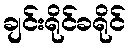
ချင်းရိုင်ခရိုင်